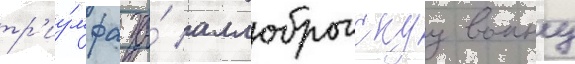
тр'иу́мфа за́ аллоброгскуу воину